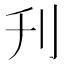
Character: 刋